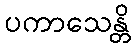
ပကာသေန္တိ